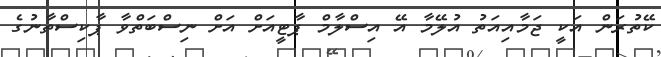
ކޭތުރަން އަކީ ޖަމާއިއަތު އުލޭމާ އޭ އިސްލާމް ޕާޓީއަށް އަށް ނިސްބަތްވާ ޕާކިސްތާނުގެ